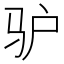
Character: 驴